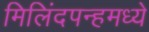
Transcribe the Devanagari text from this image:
मिलिंदपन्हमध्ये